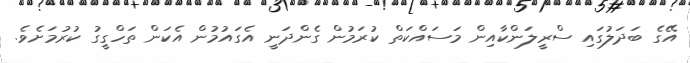
އޭގެ ބަދަލުގައި ސްރީލަންކާއިން މަސައްކަތް ކުރަމުން ގެންދަނީ އެގައުމުން އެކަން ތަހްގީގު ކުރުމަށެވެ.